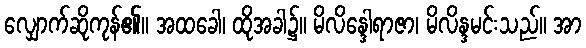
လျှောက်ဆိုကုန်၏။ အထခေါ၊ ထိုအခါ၌။ မိလိန္ဒေါရာဇာ၊ မိလိန္ဒမင်းသည်။ အာ